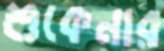
শুকেনার